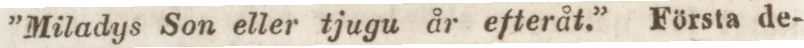
”Miladys Son eller tjugu år efteråt.” Första de-